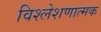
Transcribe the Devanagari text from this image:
विश्लेशणात्मक